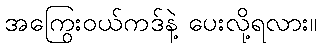
အကြွေးဝယ်ကဒ်နဲ့ ပေးလို့ရလား။